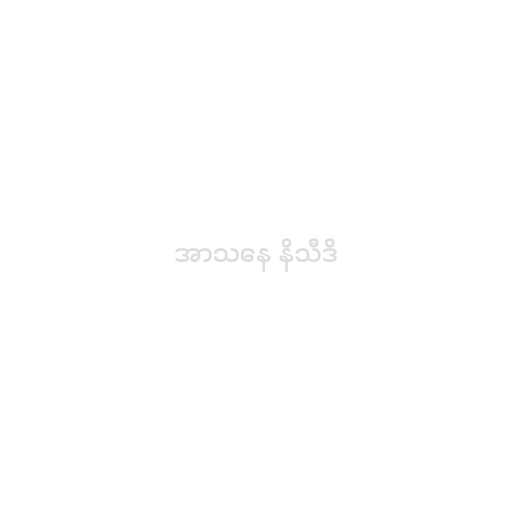
အာသနေ နိသီဒိ